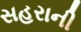
સહરાની